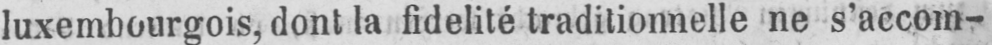
luxembourgois, dont la fidelité traditionnelle ne s’accom-